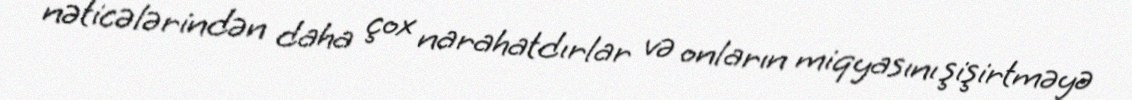
nəticələrindən daha çox narahatdırlar və onların miqyasını şişirtməyə